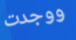
ووجدت